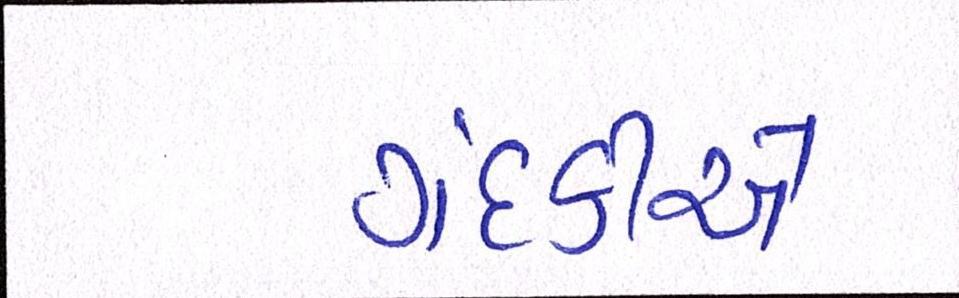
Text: ગંદકીએ